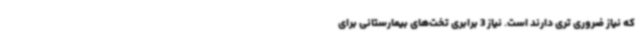
که نیاز ضروری تری دارند است. نیاز 3 برابری تخت‌های بیمارستانی برای